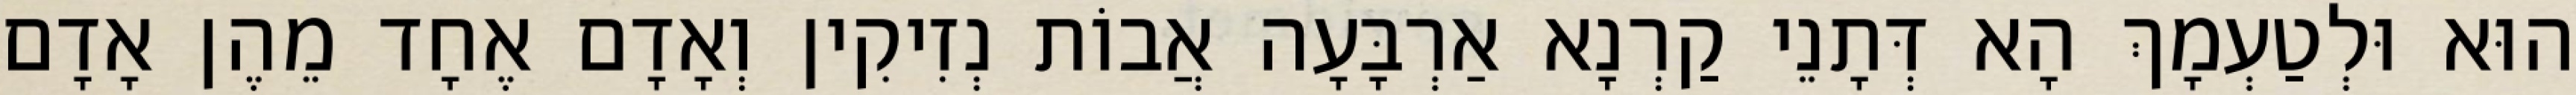
הוּא וּלְטַעְמָךְ הָא דְּתָנֵי קַרְנָא אַרְבָּעָה אֲבוֹת נְזִיקִין וְאָדָם אֶחָד מֵהֶן אָדָם